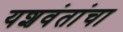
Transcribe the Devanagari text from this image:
यशवंतांचा